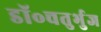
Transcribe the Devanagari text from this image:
डॉ॰चतुर्भुज